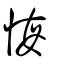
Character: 悔